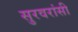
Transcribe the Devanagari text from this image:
सुरवरांसी